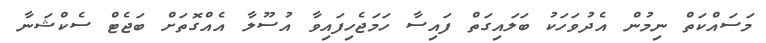
މަސައްކަތް ނިމުން އެދުވަހަކު ބަލައިގަތް ފައިސާ ހަމަޖެހިފައިވާ އުސޫލާ އެއްގޮތަށް ބަޖެޓް ސެކްޝަނާ